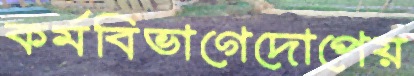
কর্মবিভাগেদোপেয়